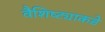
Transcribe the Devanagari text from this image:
वैशिष्ट्याकडे